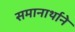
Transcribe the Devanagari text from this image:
समानार्थाने